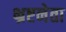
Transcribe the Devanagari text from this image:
भ्रष्टनेता